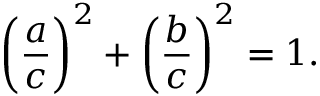
{ \biggl ( } { \frac { a } { c } } { \biggr ) } ^ { 2 } + { \biggl ( } { \frac { b } { c } } { \biggr ) } ^ { 2 } = 1 .